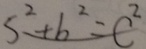
S ^ { 2 } + b ^ { 2 } = C ^ { 2 }